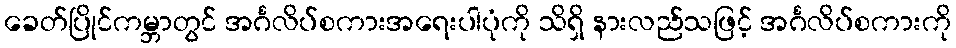
ခေတ်ပြိုင်ကမ္ဘာတွင် အင်္ဂလိပ်စကားအရေးပါပုံကို သိရှိ နားလည်သဖြင့် အင်္ဂလိပ်စကားကို